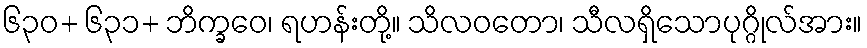
၆၃၀+ ၆၃၁+ ဘိက္ခဝေ၊ ရဟန်းတို့။ သိလဝတော၊ သီလရှိသောပုဂ္ဂိုလ်အား။